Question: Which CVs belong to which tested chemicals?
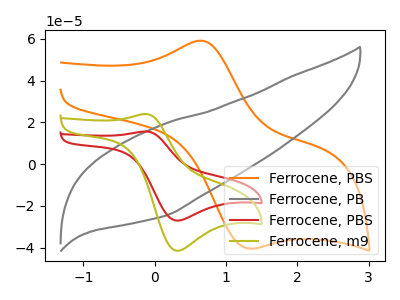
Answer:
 <answer>The orange curve is labeled "Ferrocene, PBS". The gray curve is labeled "Ferrocene, PB". The red curve is labeled "Ferrocene, PBS". The olive curve is labeled "Ferrocene, m9".</answer>
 <eval></eval>